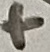
Text: +